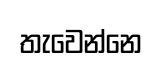
තැවෙන්නෙ